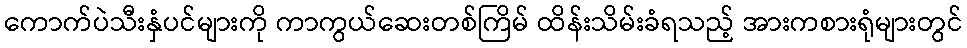
ကောက်ပဲသီးနှံပင်များကို ကာကွယ်ဆေးတစ်ကြိမ် ထိန်းသိမ်းခံရသည့် အားကစားရုံများတွင်